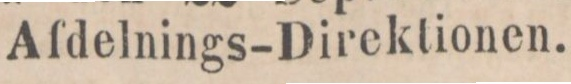
Afdelnings-Direktionen.